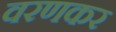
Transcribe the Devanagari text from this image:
वरणकर